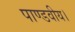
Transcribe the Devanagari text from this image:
पाण्डवीय।